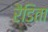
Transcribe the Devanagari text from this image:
रैडिता